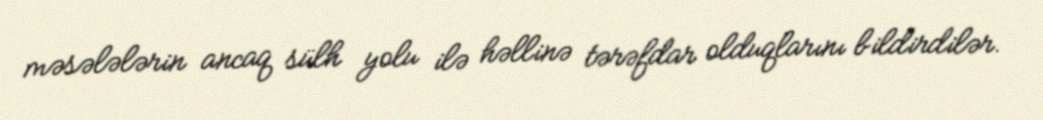
məsələlərin ancaq sülh yolu ilə həllinə tərəfdar olduqlarını bildirdilər.